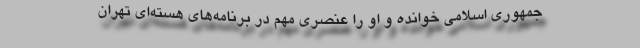
جمهوری اسلامی خوانده و او را عنصری مهم در برنامه‌های هسته‌ای تهران